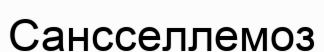
Сансселлемоз